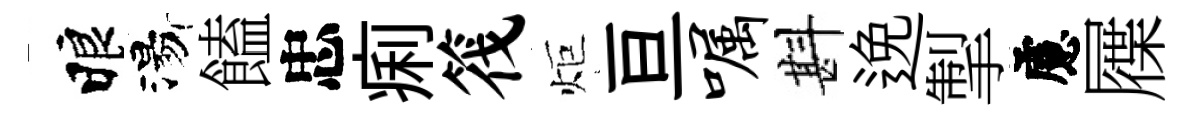
睱湯饁忠痢筏炬亘嘱斟𨓜掣慮屧